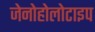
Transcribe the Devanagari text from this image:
जेनोहोलोटाइप